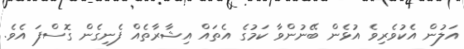
އަލުން އެކުވެރިވެ އުޅެން ބޭނުންވާ ކަމުގެ އެތައް އިޝާރާތެއް ފެނިގެން ގޮސްފަ އެވެ.